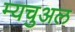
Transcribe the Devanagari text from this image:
म्यचुअल